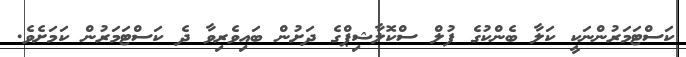
ކަސްޓަމަރުންނަކީ ކަލާ ބެންކުގެ ފުލް ސްކޮލާޝިޕްގެ ދަށުން ބައިވެރިވާ ދެ ކަސްޓަމަރުން ކަމަށެވެ.